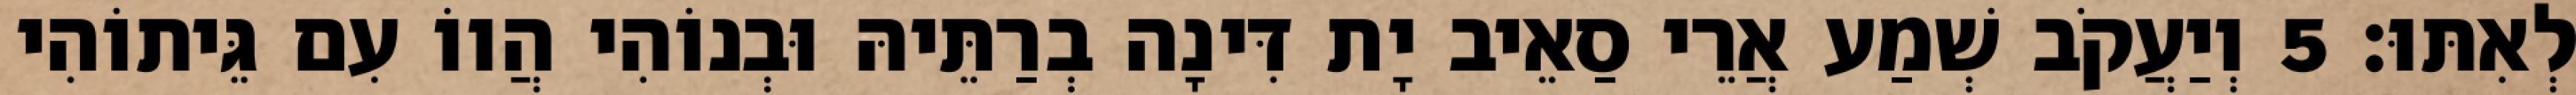
לְאִתּוּ׃ 5 וְיַעֲקֹב שְׁמַע אֲרֵי סַאֵיב יָת דִּינָה בְרַתֵּיהּ וּבְנוֹהִי הֲווֹ עִם גֵּיתוֹהִי